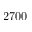
2 7 0 0